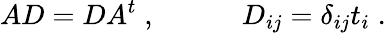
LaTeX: AD=DA^{t}\; ,\quad\quad\quad D_{ij}=\delta_{ij}t_{i}\; .